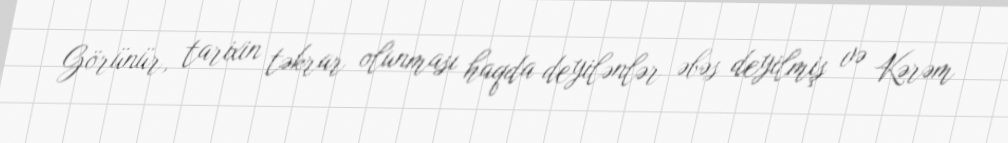
Görünür, tarixin təkrar olunması haqda deyilənlər əbəs deyilmiş və Kərəm